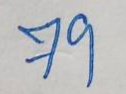
79